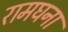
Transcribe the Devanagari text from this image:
रामघना